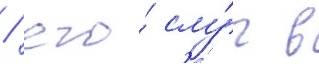
/ его́ слу́г в